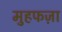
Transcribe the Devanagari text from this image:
मुहफज़ा